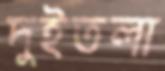
দুইতলা